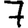
Digit: 7